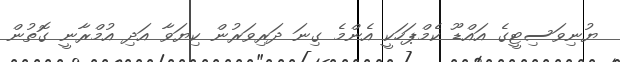
ޔުނިވަސިޓީގެ އައްޑޫ ކެމްޕަހަކީ އެންމެ ގިނަ ދަރިވަރުން ކިޔަވާ އަދި އުމްރާނީ ގޮތުން